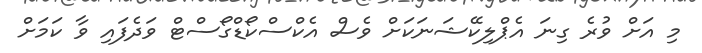
މި އަށް ވުރެ ގިނަ އެޕްލިކޭޝަނަކަށް ވެސް އެކްސްކޯޑްގޯސްޓް ވަދެފައި ވާ ކަމަށް